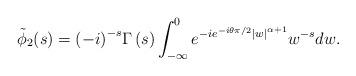
LaTeX: \begin{align*}{\tilde{\phi}}_2(s)={\left(-i\right)}^{-s}\Gamma\left(s\right)\int_{-\infty{}}^0e^{-ie^{-i\theta\pi/2}{\left\vert{}w\right\vert{}}^{\alpha{}+1}}w^{-s}dw.\end{align*}